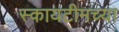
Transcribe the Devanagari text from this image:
स्कायटीमच्या